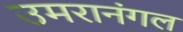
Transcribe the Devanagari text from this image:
उमरानंगल